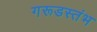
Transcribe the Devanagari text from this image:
गरूडस्तंभ